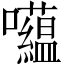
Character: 𱕲